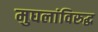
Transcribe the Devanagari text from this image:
मुघलांविरुद्ध